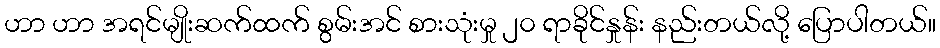
ဟာ ဟာ အရင်မျိုးဆက်ထက် စွမ်းအင် စားသုံးမှု ၂၀ ရာခိုင်နှုန်း နည်းတယ်လို့ ပြောပါတယ်။